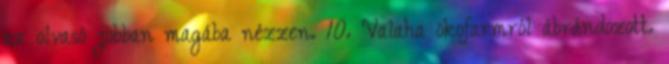
az olvasó jobban magába nézzen. 10. Valaha ökofarmról ábrándozott.